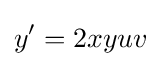
y'=2xyuv